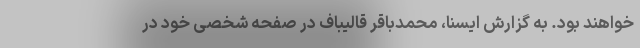
خواهند بود. به گزارش ایسنا، محمدباقر قالیباف در صفحه شخصی خود در